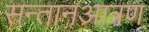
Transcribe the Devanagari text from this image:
सन्तानआत्रण